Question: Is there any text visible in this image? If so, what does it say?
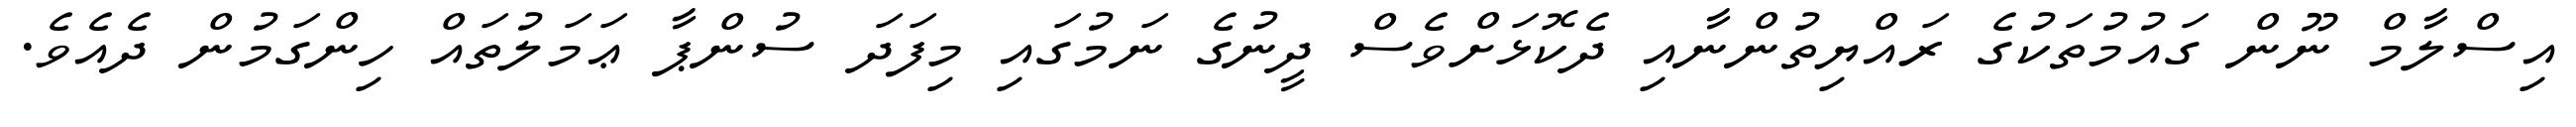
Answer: އިސްލާމް ނޫން ގައުމުތަކުގެ ރައްޔިތުންނާއި ދެކޮޅަށްވެސް ދީނުގެ ނަމުގައި މިފަދަ ސުންޕާ ޢަމަލުތައް ހިންގަމުން ދެއެވެ.